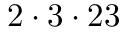
2 \cdot 3 \cdot 2 3